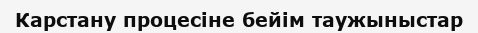
Карстану процесіне бейім таужыныстар